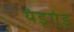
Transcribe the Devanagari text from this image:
यंडूगुंडू